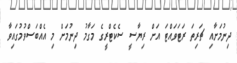
ދިނުމަށާއި ޗަރިތަ ރަޓަވައްޓަ އަށް ރިޔާސީ ސެކެޓްރީގެ މަގާމު ދިނުމަށް މި އެއްބަސްވުމުގައިވާ